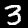
Label: 3